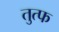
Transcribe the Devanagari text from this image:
तुत्फ